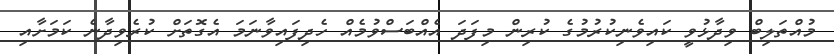
މުއްތަލިބް ވިދާޅުވީ ކައިވެނިކުރުމުގެ ކުރިން މިފަދަ އެއްބަސްވުމެއް ހެދިފައިވާނަމަ އެގޮތަށް ކުރެވިދާނެ ކަމަށާއި